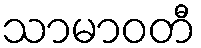
သာမာဝတီ